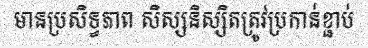
មានប្រសិទ្ធភាព សិស្សនិស្សិតត្រូវប្រកាន់ខ្ជាប់